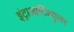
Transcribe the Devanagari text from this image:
इंट्राआर्टिक्युलर